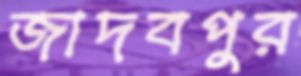
জাদবপুর